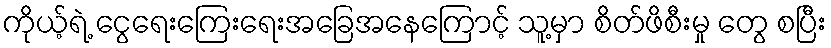
ကိုယ့်ရဲ့ ငွေရေးကြေးရေးအခြေအနေကြောင့် သူ့မှာ စိတ်ဖိစီးမှု တွေ စပြီး